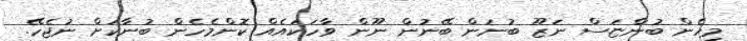
މިހެން ބުންޏަސް ނަޒޫ ބުނަން ބޭނުން ނޫން ވާހަކައެއް ކޮންމެހެން ބުނާކަށް ނުޖެހޭ.